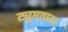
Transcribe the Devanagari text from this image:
ट्यूमवाटर